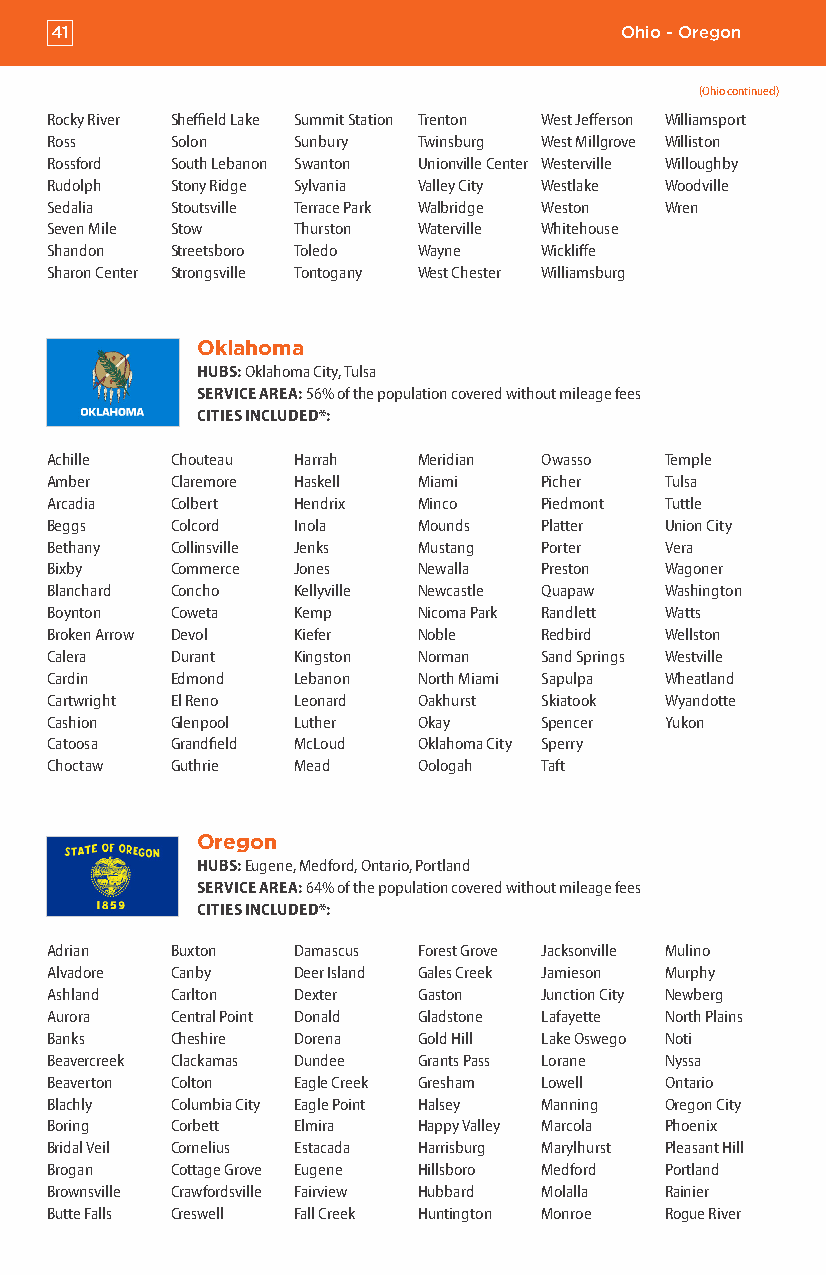
41                                    Ohio - Oregon
 (Ohio continued)
 Rocky River Sheffield Lake Summit Station Trenton West Jefferson Williamsport
 Ross    Solon   Sunbury  Twinsburg West Millgrove Williston
 Rossford South Lebanon Swanton Unionville Center Westerville Willoughby
 Rudolph Stony Ridge Sylvania Valley City Westlake Woodville
 Sedalia Stoutsville Terrace Park Walbridge Weston Wren
 Seven Mile Stow Thurston Waterville Whitehouse
 Shandon Streetsboro Toledo Wayne Wickliffe
 Sharon Center Strongsville Tontogany West Chester Williamsburg
 Oklahoma
 HUBS: Oklahoma City, Tulsa
 SERVICE AREA: 56% of the population covered without mileage fees
 CITIES INCLUDED*:
 Achille Chouteau Harrah  Meridian Owasso Temple
 Amber   Claremore Haskell Miami  Picher  Tulsa
 Arcadia Colbert Hendrix  Minco   Piedmont Tuttle
 Beggs   Colcord Inola    Mounds  Platter Union City
 Bethany Collinsville Jenks Mustang Porter Vera
 Bixby   Commerce Jones   Newalla Preston Wagoner
 Blanchard Concho Kellyville Newcastle Quapaw Washington
 Boynton Coweta  Kemp     Nicoma Park Randlett Watts
 Broken Arrow Devol Kiefer Noble  Redbird Wellston
 Calera  Durant  Kingston Norman  Sand Springs Westville
 Cardin  Edmond  Lebanon  North Miami Sapulpa Wheatland
 Cartwright El Reno Leonard Oakhurst Skiatook Wyandotte
 Cashion Glenpool Luther  Okay    Spencer Yukon
 Catoosa Grandfield McLoud Oklahoma City Sperry
 Choctaw Guthrie Mead     Oologah Taft
 Oregon
 HUBS: Eugene, Medford, Ontario, Portland
 SERVICE AREA: 64% of the population covered without mileage fees
 CITIES INCLUDED*:
 Adrian  Buxton  Damascus Forest Grove Jacksonville Mulino
 Alvadore Canby  Deer Island Gales Creek Jamieson Murphy
 Ashland Carlton Dexter   Gaston  Junction City Newberg
 Aurora  Central Point Donald Gladstone Lafayette North Plains
 Banks   Cheshire Dorena  Gold Hill Lake Oswego Noti
 Beavercreek Clackamas Dundee Grants Pass Lorane Nyssa
 Beaverton Colton Eagle Creek Gresham Lowell Ontario
 Blachly Columbia City Eagle Point Halsey Manning Oregon City
 Boring  Corbett Elmira   Happy Valley Marcola Phoenix
 Bridal Veil Cornelius Estacada Harrisburg Marylhurst Pleasant Hill
 Brogan  Cottage Grove Eugene Hillsboro Medford Portland
 Brownsville Crawfordsville Fairview Hubbard Molalla Rainier
 Butte Falls Creswell Fall Creek Huntington Monroe Rogue River